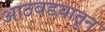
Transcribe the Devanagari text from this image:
आठवडय़ातून